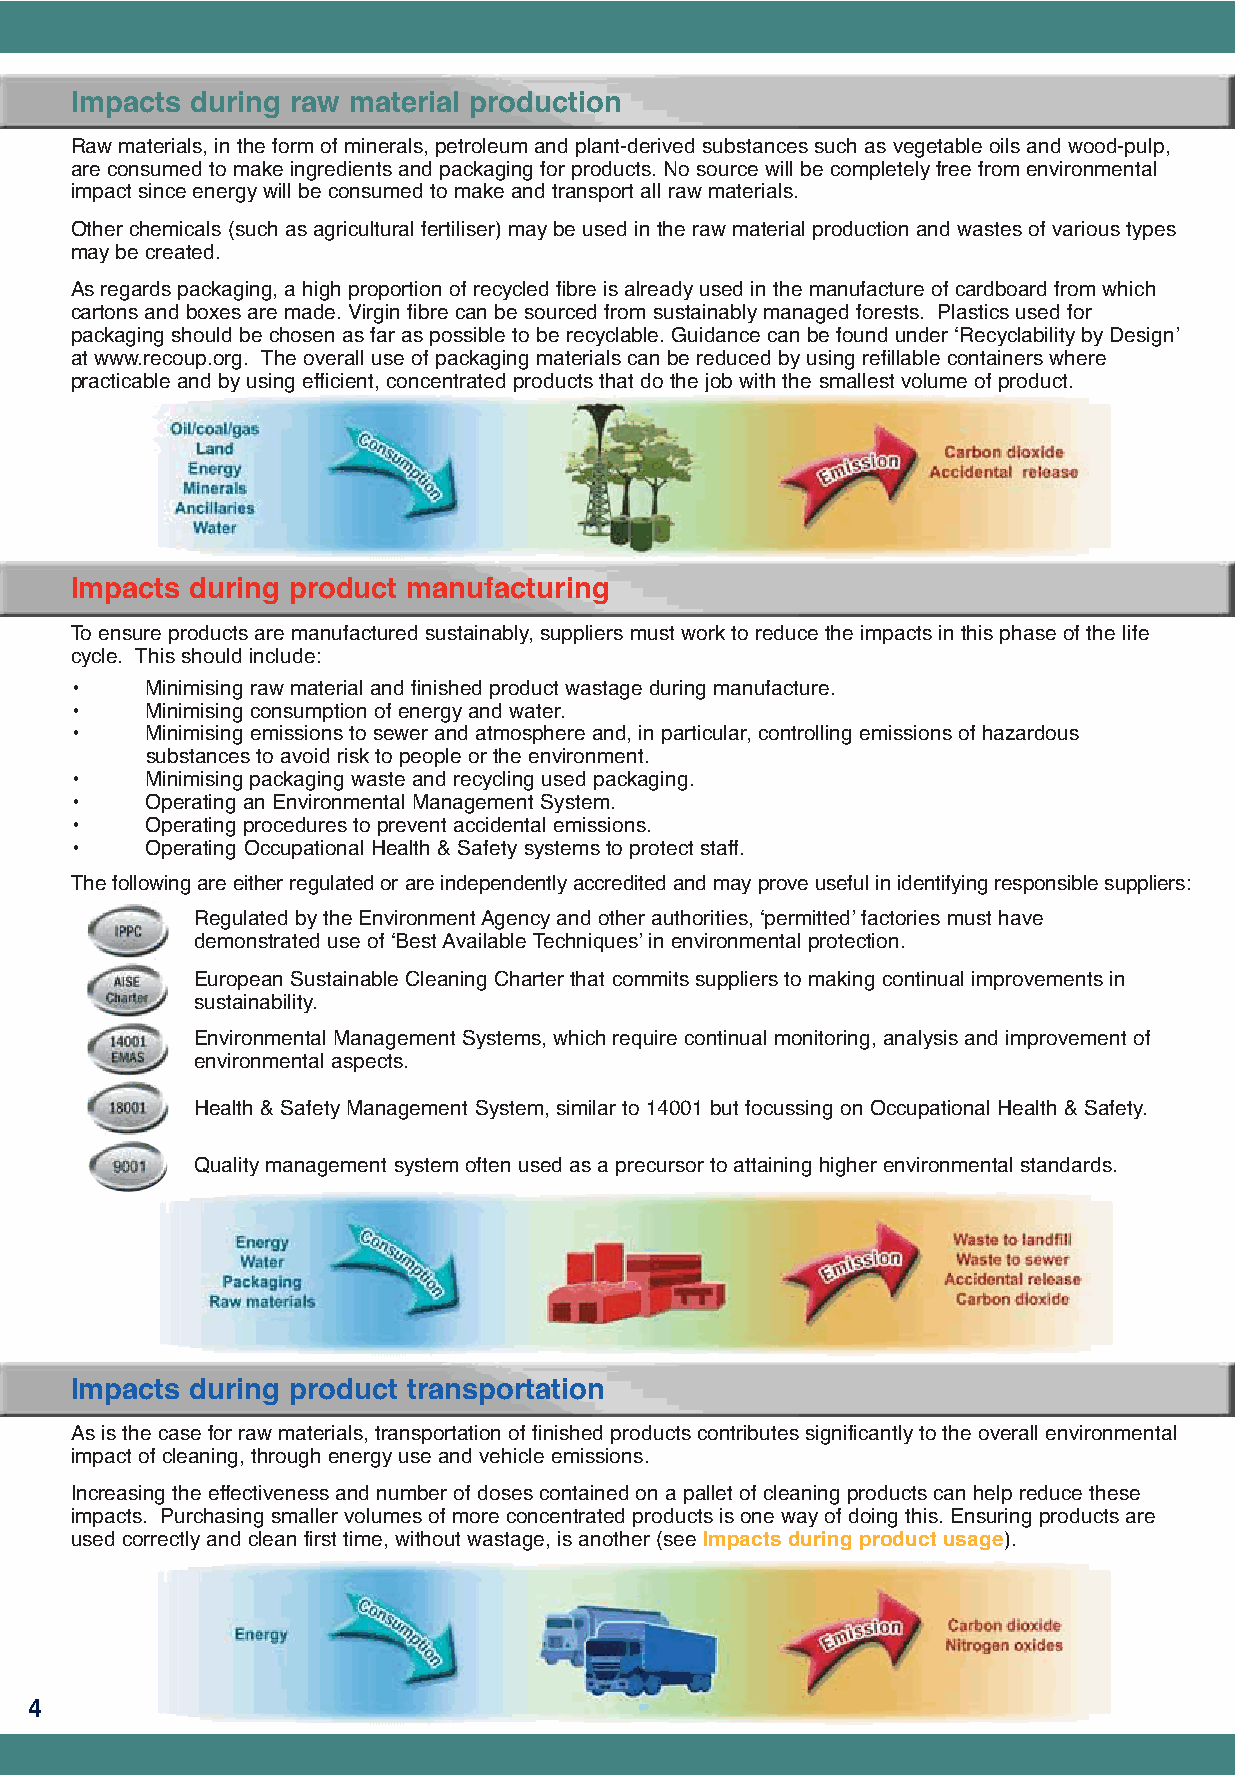
Impacts during raw material production
 Raw materials, in the form of minerals, petroleum and plant-derived substances such as vegetable oils and wood-pulp,
 are consumed to make ingredients and packaging for products. No source will be completely free from environmental
 impact since energy will be consumed to make and transport all raw materials.
 Other chemicals (such as agricultural fertiliser) may be used in the raw material production and wastes of various types
 may be created.
 As regards packaging, a high proportion of recycled fibre is already used in the manufacture of cardboard from which
 cartons and boxes are made. Virgin fibre can be sourced from sustainably managed forests. Plastics used for
 packaging should be chosen as far as possible to be recyclable. Guidance can be found under ‘Recyclability by Design’
 at www.recoup.org. The overall use of packaging materials can be reduced by using refillable containers where
 practicable and by using efficient, concentrated products that do the job with the smallest volume of product.
 Impacts during product manufacturing
 To ensure products are manufactured sustainably, suppliers must work to reduce the impacts in this phase of the life
 cycle. This should include:
 •    Minimising raw material and finished product wastage during manufacture.
 •    Minimising consumption of energy and water.
 •    Minimising emissions to sewer and atmosphere and, in particular, controlling emissions of hazardous
 substances to avoid risk to people or the environment.
 •    Minimising packaging waste and recycling used packaging.
 •    Operating an Environmental Management System.
 •    Operating procedures to prevent accidental emissions.
 •    Operating Occupational Health & Safety systems to protect staff.
 The following are either regulated or are independently accredited and may prove useful in identifying responsible suppliers:
 Regulated by the Environment Agency and other authorities, ‘permitted’factories must have
 demonstrated use of ‘Best Available Techniques’in environmental protection.
 European Sustainable Cleaning Charter that commits suppliers to making continual improvements in
 sustainability.
 Environmental Management Systems, which require continual monitoring, analysis and improvement of
 environmental aspects.
 Health & Safety Management System, similar to 14001 but focussing on Occupational Health & Safety.
 Quality management system often used as a precursor to attaining higher environmental standards.
 Impacts during product transportation
 As is the case for raw materials, transportation of finished products contributes significantly to the overall environmental
 impact of cleaning, through energy use and vehicle emissions.
 Increasing the effectiveness and number of doses contained on a pallet of cleaning products can help reduce these
 impacts. Purchasing smaller volumes of more concentrated products is one way of doing this. Ensuring products are
 used correctly and clean first time, without wastage, is another (see Impacts during product usage).
 4